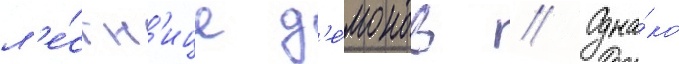
л'е́стн'ице д'е́монов // Одна́ко